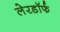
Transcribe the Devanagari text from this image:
लेरडॉर्फ